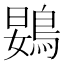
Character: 䳛